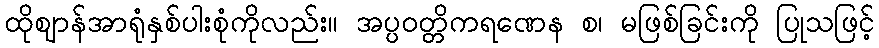
ထိုဈာန်အာရုံနှစ်ပါးစုံကိုလည်း။ အပ္ပဝတ္တိကရဏေန စ၊ မဖြစ်ခြင်းကို ပြုသဖြင့်